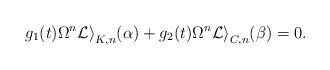
LaTeX: \begin{align*}g_1(t)\Omega^n\mathcal{Li}_{K, n}(\alpha)+g_2(t)\Omega^n\mathcal{Li}_{C,n}(\beta)=0.\end{align*}